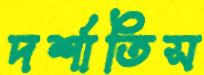
দর্শাতিস